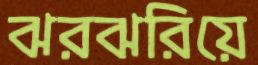
ঝরঝরিয়ে